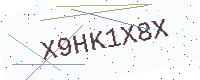
Text: X9HK1X8X